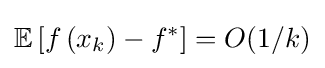
\mathbb {E} \left[f\left(x_{k}\right)-f^{*}\right]=O(1/k)